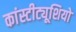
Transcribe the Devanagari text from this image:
कांस्टीट्यूशियो